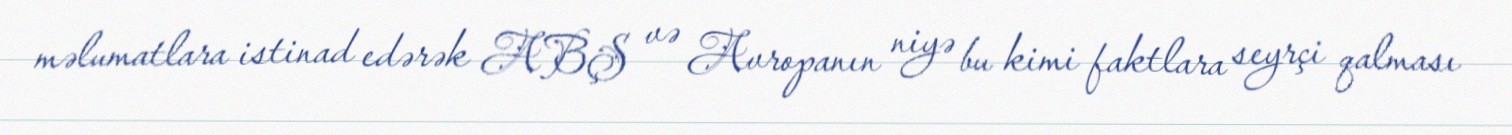
məlumatlara istinad edərək ABŞ və Avropanın niyə bu kimi faktlara seyrçi qalması